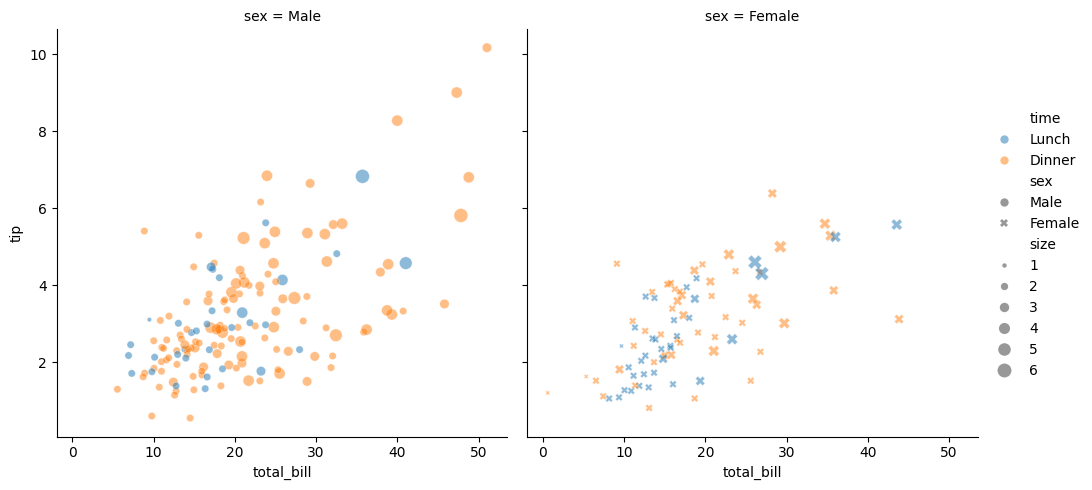
python, seaborn, relplot, alpha=0.5